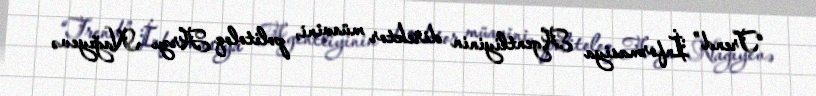
“Trend” İnformasiya Agentliyinin direktor müavini, politoloq Arzu Nağıyevə